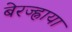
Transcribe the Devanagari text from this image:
बेरज्ह्नाया